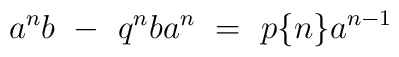
a^n b \  -\ q^n b a^n \ =\  p \{ n \} a^{n-1}